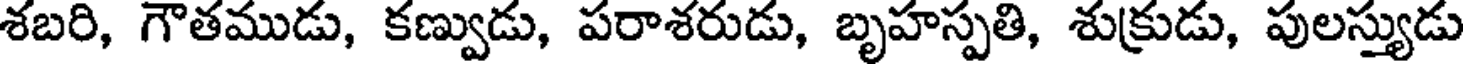
శబరి, గౌతముడు, కణ్వుడు, పరాశరుడు, బృహస్పతి, శుక్రుడు, పులస్త్యుడు